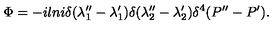
\Phi = - i l n i \delta ( \lambda _ { 1 } ^ { \prime \prime } - \lambda _ { 1 } ^ { \prime } ) \delta ( \lambda _ { 2 } ^ { \prime \prime } - \lambda _ { 2 } ^ { \prime } ) \delta ^ { 4 } ( P ^ { \prime \prime } - P ^ { \prime } ) .